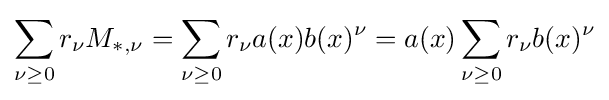
\sum _{\nu \geq 0}r_{\nu }M_{*,\nu }=\sum _{\nu \geq 0}r_{\nu }a(x)b(x)^{\nu }=a(x)\sum _{\nu \geq 0}r_{\nu }b(x)^{\nu }